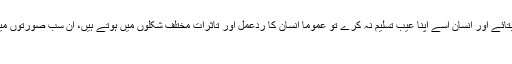
جب انسان کو کوئی آدمی اس کا عیب بتائے اور انسان اسے اپنا عیب تسلیم نہ کرے تو عموماً انسان کا ردّعمل اور تاثرات مختلف شکلوں میں ہوتے ہیں، ان سب صورتوں میں اس کا مقصد اپنا دفاع کرنا ہوتا ہے:
۱۔